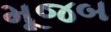
મૂજબ